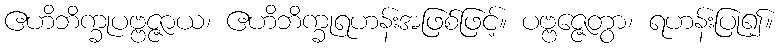
ဧဟိဘိက္ခုပဗ္ဗဇ္ဇာယ၊ ဧဟိဘိက္ခုရဟန်းအဖြစ်ဖြင့်။ ပဗ္ဗဇ္ဇေတွာ၊ ရဟန်းပြု၍။